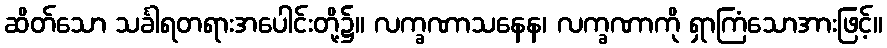
ဆိတ်သော သင်္ခါရတရားအပေါင်းတို့၌။ လက္ခဏာသနေန၊ လက္ခဏာကို ရှာကြံသောအားဖြင့်။